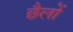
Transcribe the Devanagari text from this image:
छैलों